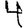
Digit: 4